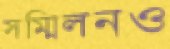
সম্মিলনও